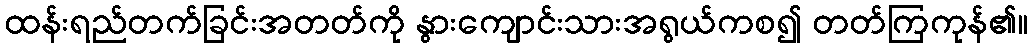
ထန်းရည်တက်ခြင်းအတတ်ကို နွားကျောင်းသားအရွယ်ကစ၍ တတ်ကြကုန်၏။